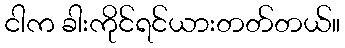
ငါက ခါးကိုင်ရင်ယားတတ်တယ်။